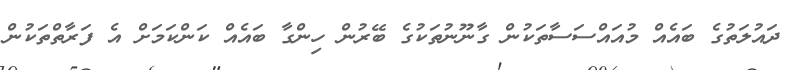
ދައުލަތުގެ ބައެއް މުއައްސަސާތަކުން ގާނޫނުތަކުގެ ބޭރުން ހިންގާ ބައެއް ކަންކަމަށް އެ ފަރާތްތަކުން